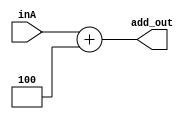
module PCADDFOUR (inA, add_out);
	input [31:0] inA;
	output [31:0] add_out;
	assign add_out=inA+ 32'h00000004;
endmodule